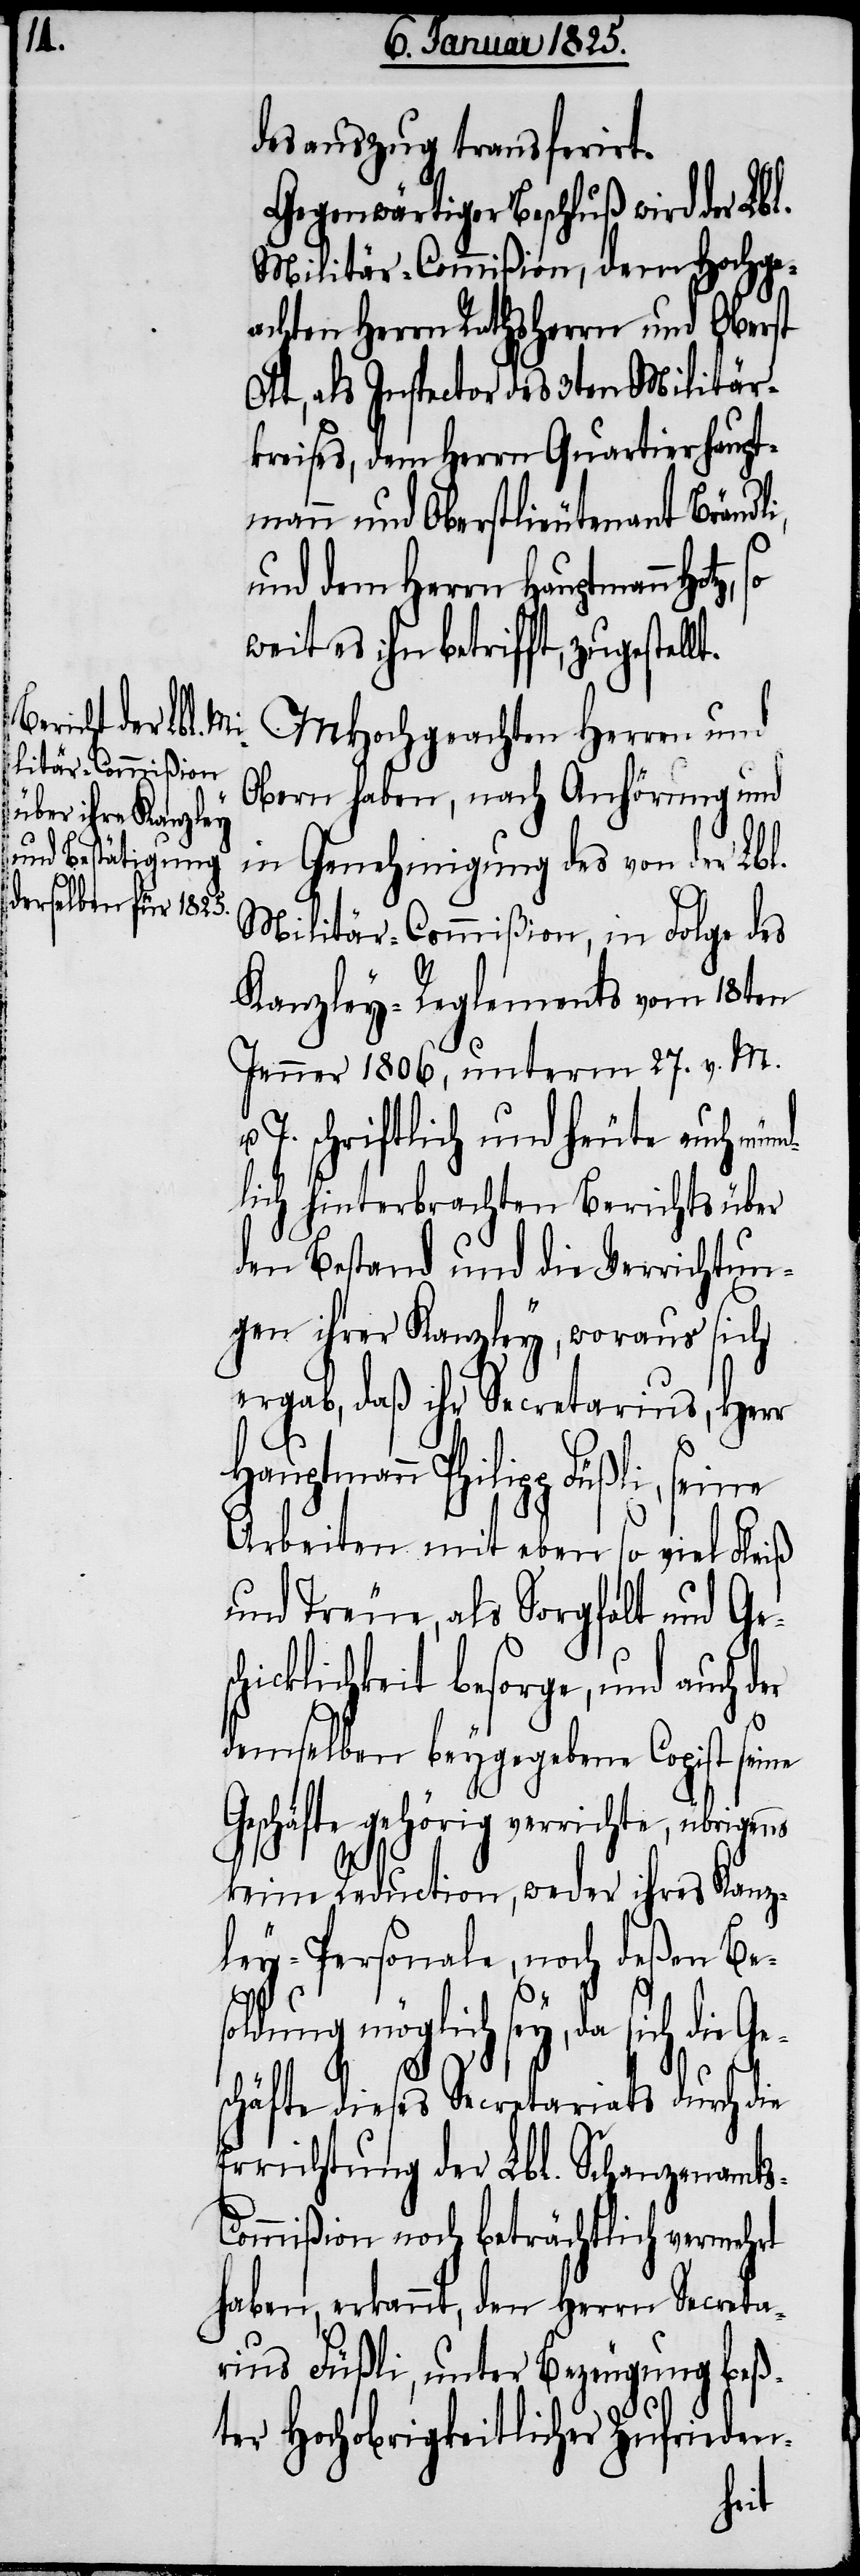
desauszug transferirt.
Gegenwärtiger Beschluß wird der Lbl.
Militär-Commißion, dem Hochge¬
achten Herrn Rathsherrn und Oberst
Ott, als Inspector des 3ten Militär¬
kreises, dem Herrn Quartierhaupt¬
mann und Oberstlieutenant Brändli,
und dem Herrn Hauptmann Hot¬
weit es ihn betrifft, zugestel¬
MHochgeachten Herren und
Obern haben, nach Anhörung und
in Genehmigung des von der Lbl.
Militär-Commißion, in Folge des
Kanzley-Reglements vom 18ten
Jenner 1806, unterm 27. v. M.
J. schriftlich und heute auch mün¬
dlich hinterbrachten Berichts über
den Bestand und die Verrichtun¬
gen ihrer Kanzley, woraus sich
ergab, daß ihr Secretarius, Herr
Hauptmann Philipp Füßli, seine
Arbeiten mit eben so viel Fleiß
und Treue, als Sorgfalt und Ges¬
cklichkeit besorge, und auch
demselben beygegebene Copist seine
Geschäfte gehörig verrichte, übrigens
s-C¬
keine Reduction, weder ihres Kanz¬
ley-Personale, noch deßen Bes¬
oldung möglich sey, da sich die Ge¬
so
schäfte dieses Secretariats durch die
Errichtung der Lbl. Schanzenamt¬
ommißion noch beträchtlich vermehrt
haben, erkannt, den Herrn Secreta¬
rius Füßli, unter Bezeugung beß¬
ter Hochobrigkeitlicher Zufrieden-
chi¬